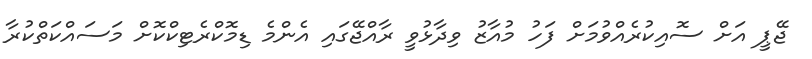
ޖޭޕީ އަށް ސޮއިކުރެއްވުމަށް ފަހު މުއާޒު ވިދާޅުވީ ރާއްޖޭގައި އެންމެ ޑިމޮކްރެޓިކްކޮށް މަސައްކަތްކުރާ